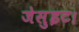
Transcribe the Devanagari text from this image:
जेसुइट।